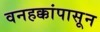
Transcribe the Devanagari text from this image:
वनहक्कांपासून